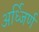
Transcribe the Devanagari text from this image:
अर्ध्जिर्ण